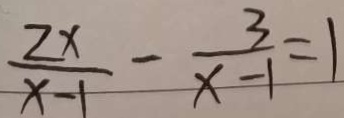
\frac { 2 x } { x - 1 } - \frac { 3 } { x - 1 } = 1